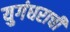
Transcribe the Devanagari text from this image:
युगंधराची